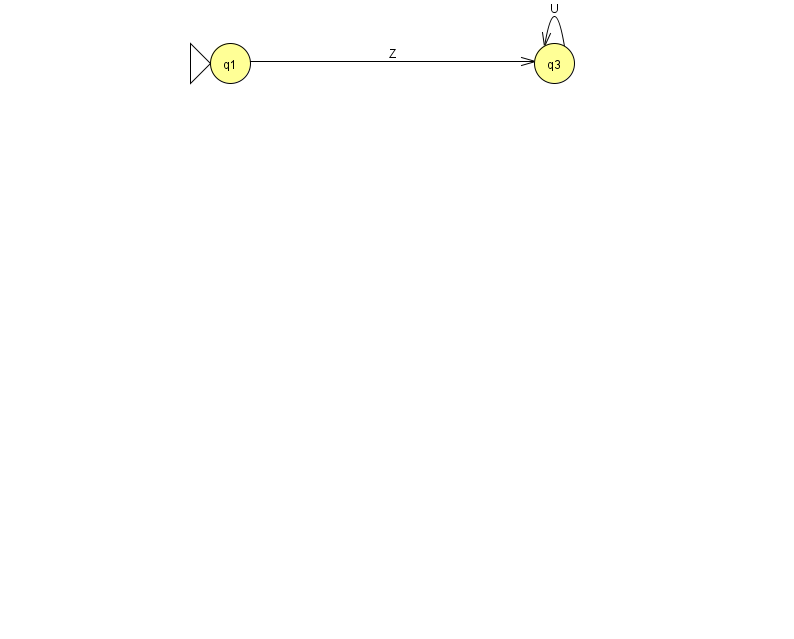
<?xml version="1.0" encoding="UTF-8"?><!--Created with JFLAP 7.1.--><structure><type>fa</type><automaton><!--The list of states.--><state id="1" name="q1"><x>230.0</x><y>50.0</y><initial/></state><state id="3" name="q3"><x>554.0</x><y>50.0</y></state><!--The list of transitions.--><transition><from>1</from><to>3</to><read>Z</read></transition><transition><from>3</from><to>3</to><read>U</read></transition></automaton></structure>